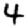
Digit: 4